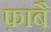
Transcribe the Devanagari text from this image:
फ़ाबै